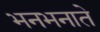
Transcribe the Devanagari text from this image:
भनभनाते